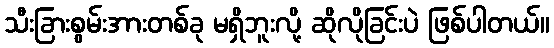
သီးခြားစွမ်းအားတစ်ခု မရှိဘူးလို့ ဆိုလိုခြင်းပဲ ဖြစ်ပါတယ်။